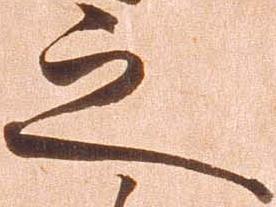
之